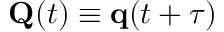
\mathbf { Q } ( t ) \equiv \mathbf { q } ( t + \tau )